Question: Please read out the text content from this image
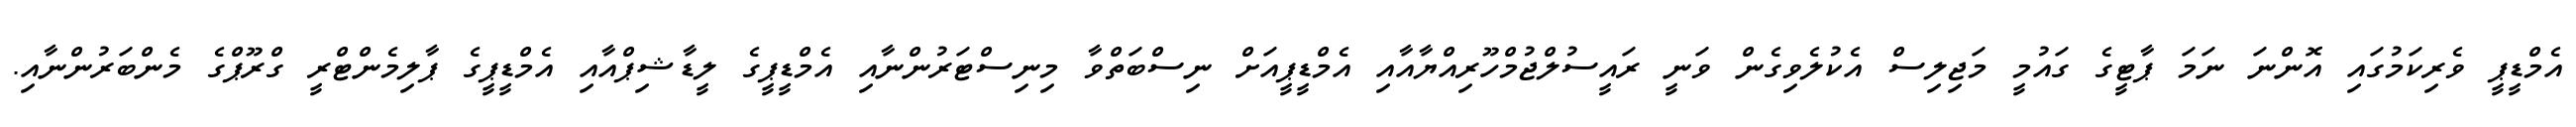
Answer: އެމްޑީޕީ ވެރިކަމުގައި އޮންނަ ނަމަ ޕާޓީގެ ގައުމީ މަޖިލިސް އެކުލެވިގެން ވަނީ ރައީސުލްޖުމްހޫރިއްޔާއާއި އެމްޑީޕީއަށް ނިސްބަތްވާ މިނިސްޓަރުންނާއި އެމްޑީޕީގެ ލީޑާޝިޕްއާއި އެމްޑީޕީގެ ޕާލިމެންޓްރީ ގްރޫޕްގެ މެންބަރުންނާއި.